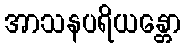
အာသနပရိယန္တော